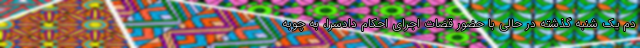
دم یک شنبه گذشته در حالی با حضور قضات اجرای احکام دادسرا، به چوبه